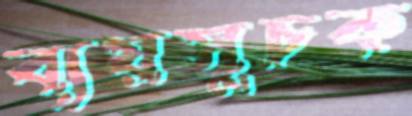
ব্যয়সূচক